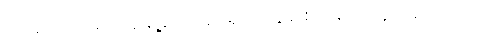
ဥပမာအားဖြင့်၊ အချို့သောရုပ်ရှင်တွေနဲ့ စာအုပ်တွေထဲမှာ ပါတဲ့